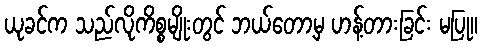
ယုခင်က သည်လိုကိစ္စမျိုးတွင် ဘယ်တော့မှ ဟန့်တားခြင်း မပြု။